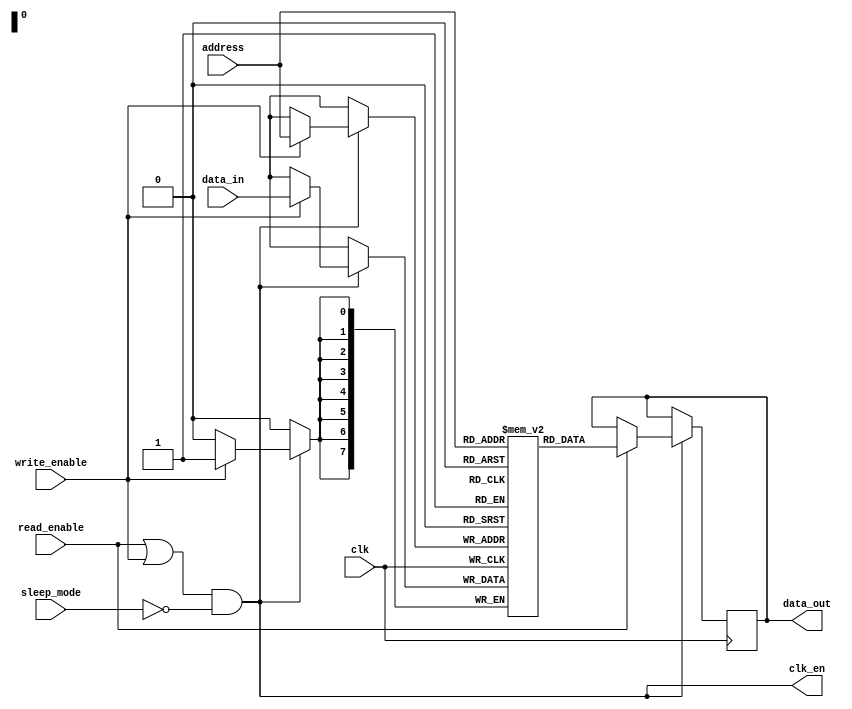
module memory_block (
    input wire clk,               // Main clock signal
    input wire read_enable,       // Read enable signal
    input wire write_enable,      // Write enable signal
    input wire sleep_mode,        // Sleep mode signal
    input wire [7:0] address,     // Address for memory access
    input wire [7:0] data_in,     // Data input for write operations
    output reg [7:0] data_out,    // Data output for read operations
    output wire clk_en            // Clock enable signal
);

    // Memory array declaration (8-bit wide, 256 entries)
    reg [7:0] memory_array [0:255];

    // Clock gating logic
    assign clk_en = (read_enable || write_enable) && !sleep_mode;

    // Memory operations
    always @(posedge clk) begin
        if (clk_en) begin
            if (write_enable) begin
                memory_array[address] <= data_in; // Write operation
            end
            if (read_enable) begin
                data_out <= memory_array[address]; // Read operation
            end
        end
    end

    // Optional: Power management logic can be added here

endmodule